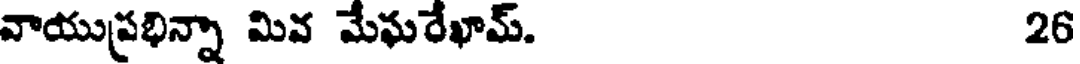
వాయుప్రభిన్నా మివ మేఘరేఖామ్. 26